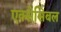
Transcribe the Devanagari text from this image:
एक्सेसिबल